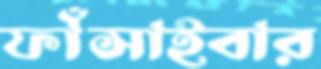
ফাঁসাইবার